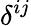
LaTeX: \delta^{ij}